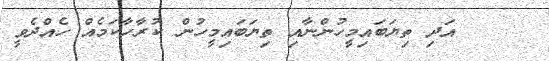
٩٦     އަދި ތިޔަބައިމީހުންނާއި ތިޔަބައިމީހުން ކުރާހާކަމެއް ހެއްދެވީ